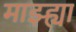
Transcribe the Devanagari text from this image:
माझ्ह्या